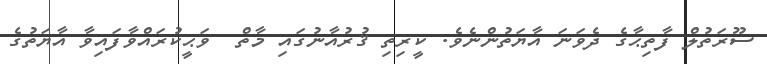
ސޫރަތުލް ފާތިޙާގެ ދެވަނަ އާޔަތުންނެވެ. ކީރިތި ޤުރުއާނުގައި މާތް  ވަޙީކުރައްވާފައިވާ އާޔަތުގެ